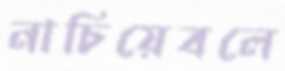
নাচিয়েবলে